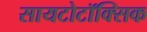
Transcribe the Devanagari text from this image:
सायटोटॉक्सिक